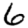
Digit: 6